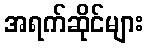
အရက်ဆိုင်များ